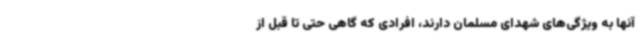
آنها به ویژگی‌های شهدای مسلمان دارند، افرادی که گاهی حتی تا قبل از